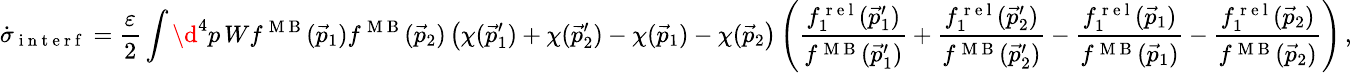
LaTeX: \small\dot{\sigma}_{\mathrm{~i~n~t~e~r~f~}}=\frac{\varepsilon}{2}\int\d^{4}p\, Wf^{\mathrm{~M~B~}}(\vec{p}_{1})f^{\mathrm{~M~B~}}(\vec{p}_{2})\left(\chi(\vec{p}_{1}^{\prime})+\chi(\vec{p}_{2}^{\prime})-\chi(\vec{p}_{1})-\chi(\vec{p}_{2}\right)\left(\frac{f_{1}^{\mathrm{~r~e~l~}}(\vec{p}_{1}^{\prime})}{f^{\mathrm{~M~B~}}(\vec{p}_{1}^{\prime})}+\frac{f_{1}^{\mathrm{~r~e~l~}}(\vec{p}_{2}^{\prime})}{f^{\mathrm{~M~B~}}(\vec{p}_{2}^{\prime})}-\frac{f_{1}^{\mathrm{~r~e~l~}}(\vec{p}_{1})}{f^{\mathrm{~M~B~}}(\vec{p}_{1})}-\frac{f_{1}^{\mathrm{~r~e~l~}}(\vec{p}_{2})}{f^{\mathrm{~M~B~}}(\vec{p}_{2})}\right)\, ,